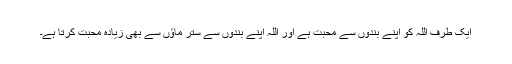
ایک طرف اللہ کو اپنے بندوں سے محبت ہے اور اللہ اپنے بندوں سے ستر ماؤں سے بھی زیادہ محبت کرتا ہے۔